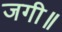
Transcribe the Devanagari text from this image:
जगी॥